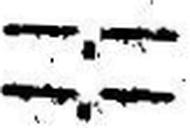
—.—